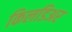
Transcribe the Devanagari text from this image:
किलडिअर